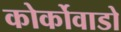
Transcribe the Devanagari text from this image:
कोर्कोवाडो